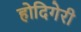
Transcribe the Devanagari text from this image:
होदिगेरी